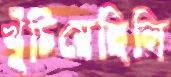
খুঁচিয়েছিলি